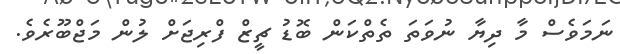
ނަމަވެސް މާ ދިޔާ ނުވަތަ ތެތްކަން ބޮޑު ޗީޒް ފްރިޖަށް ލުން މަޖްބޫރެވެ.